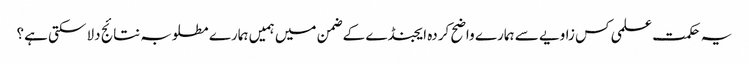
یہ حکمت علمی کس زاویے سے ہمارے واضح کردہ ایجنڈے کے ضمن میں ہمیں ہمارے مطلوبہ نتائج دلا سکتی ہے؟